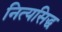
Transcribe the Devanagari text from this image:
नित्यसिद्ध